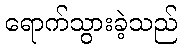
ရောက်သွားခဲ့သည်